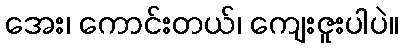
အေး၊ ကောင်းတယ်၊ ကျေးဇူးပါပဲ။